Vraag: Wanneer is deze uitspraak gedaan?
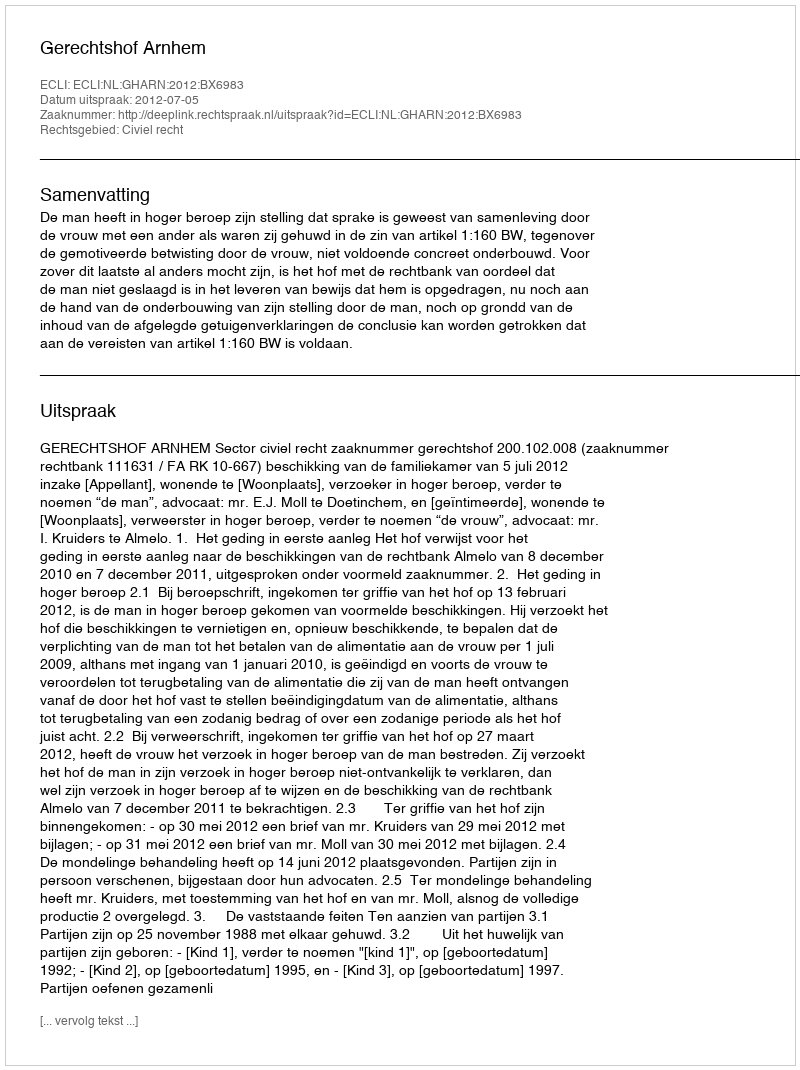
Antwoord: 2012-07-05